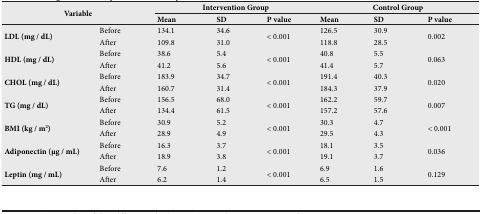
<table><thead><tr><td rowspan="2" colspan="2"><b>Variable</b></td><td colspan="3"><b>Intervention Group</b></td><td colspan="3"><b>Control Group</b></td></tr><tr><td><b>Mean</b></td><td><b>SD</b></td><td><b>P value</b></td><td><b>Mean</b></td><td><b>SD</b></td><td><b>P value</b></td></tr></thead><tbody><tr><td rowspan="2"><b>LDL (mg / dL)</b></td><td>Before</td><td>134.1</td><td>34.6</td><td rowspan="2">&lt; 0.001</td><td>126.5</td><td>30.9</td><td rowspan="2">0.002</td></tr><tr><td>After</td><td>109.8</td><td>31.0</td><td>118.8</td><td>28.5</td></tr><tr><td rowspan="2"><b>HDL (mg / dL)</b></td><td>Before</td><td>38.6</td><td>5.4</td><td rowspan="2">&lt; 0.001</td><td>40.8</td><td>5.5</td><td rowspan="2">0.063</td></tr><tr><td>After</td><td>41.2</td><td>5.6</td><td>41.4</td><td>5.7</td></tr><tr><td rowspan="2"><b>CHOL (mg / dL)</b></td><td>Before</td><td>183.9</td><td>34.7</td><td rowspan="2">&lt; 0.001</td><td>191.4</td><td>40.3</td><td rowspan="2">0.020</td></tr><tr><td>After</td><td>160.7</td><td>31.4</td><td>184.3</td><td>37.9</td></tr><tr><td rowspan="2"><b>TG (mg / dL)</b></td><td>Before</td><td>156.5</td><td>68.0</td><td rowspan="2">&lt; 0.001</td><td>162.2</td><td>59.7</td><td rowspan="2">0.007</td></tr><tr><td>After</td><td>134.4</td><td>61.5</td><td>157.2</td><td>57.6</td></tr><tr><td rowspan="2"><b>BMI (kg / m</b><sup><b>2</b></sup><b>)</b></td><td>Before</td><td>30.9</td><td>5.2</td><td rowspan="2">&lt; 0.001</td><td>30.3</td><td>4.7</td><td rowspan="2">&lt; 0.001</td></tr><tr><td>After</td><td>28.9</td><td>4.9</td><td>29.5</td><td>4.3</td></tr><tr><td rowspan="2"><b>Adiponectin (μg / mL)</b></td><td>Before</td><td>16.3</td><td>3.7</td><td rowspan="2">&lt; 0.001</td><td>18.1</td><td>3.5</td><td rowspan="2">0.036</td></tr><tr><td>After</td><td>18.9</td><td>3.8</td><td>19.1</td><td>3.7</td></tr><tr><td rowspan="2"><b>Leptin (mg / mL)</b></td><td>Before</td><td>7.6</td><td>1.2</td><td rowspan="2">&lt; 0.001</td><td>6.9</td><td>1.6</td><td rowspan="2">0.129</td></tr><tr><td>After</td><td>6.2</td><td>1.4</td><td>6.5</td><td>1.5</td></tr></tbody></table>